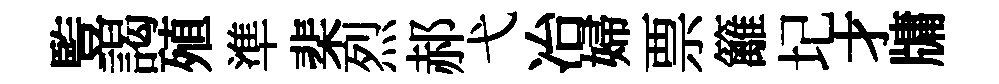
䜿謁殖準棐烈郝弋冶婦票籬圮才牗